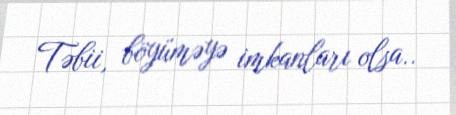
Təbii, böyüməyə imkanları olsa..